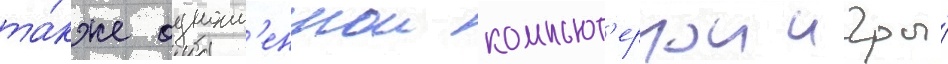
та́кже одноим'еннои компьют'ернои игры́